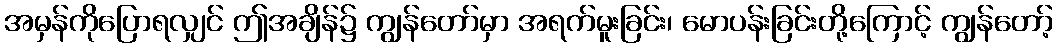
အမှန်ကိုပြောရလျှင် ဤအချိန်၌ ကျွန်တော်မှာ အရက်မူးခြင်း၊ မောပန်းခြင်းတို့ကြောင့် ကျွန်တော့်